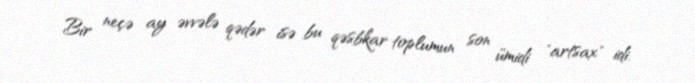
Bir neçə ay əvvələ qədər isə bu qəsbkar toplumun son ümidi "artsax" idi.